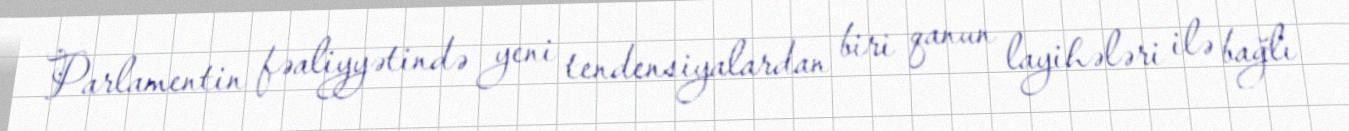
Parlamentin fəaliyyətində yeni tendensiyalardan biri qanun layihələri ilə bağlı